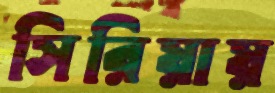
সিরিয়ায়